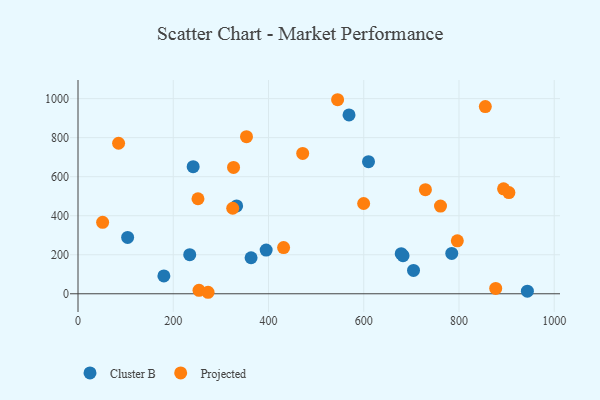
{"axis": {"x": "Ad Spend", "y": "Yield"}, "legend": ["Cluster B", "Projected"], "data": [{"x": "241.8", "y": 651.4, "type": "Cluster B"}, {"x": "569.1", "y": 916.3, "type": "Cluster B"}, {"x": "704.5", "y": 119.9, "type": "Cluster B"}, {"x": "678.7", "y": 205.5, "type": "Cluster B"}, {"x": "363.4", "y": 184.5, "type": "Cluster B"}, {"x": "682.5", "y": 195.4, "type": "Cluster B"}, {"x": "610.0", "y": 676.7, "type": "Cluster B"}, {"x": "104.2", "y": 288.8, "type": "Cluster B"}, {"x": "333.1", "y": 450.0, "type": "Cluster B"}, {"x": "395.1", "y": 224.2, "type": "Cluster B"}, {"x": "784.8", "y": 206.6, "type": "Cluster B"}, {"x": "234.6", "y": 200.5, "type": "Cluster B"}, {"x": "180.3", "y": 91.3, "type": "Cluster B"}, {"x": "943.6", "y": 13.1, "type": "Cluster B"}, {"x": "855.3", "y": 959.2, "type": "Projected"}, {"x": "254.1", "y": 17.5, "type": "Projected"}, {"x": "904.8", "y": 518.7, "type": "Projected"}, {"x": "729.5", "y": 533.6, "type": "Projected"}, {"x": "599.8", "y": 462.7, "type": "Projected"}, {"x": "273.1", "y": 7.7, "type": "Projected"}, {"x": "545.1", "y": 994.4, "type": "Projected"}, {"x": "893.6", "y": 537.6, "type": "Projected"}, {"x": "324.9", "y": 438.2, "type": "Projected"}, {"x": "431.7", "y": 236.8, "type": "Projected"}, {"x": "353.8", "y": 805.1, "type": "Projected"}, {"x": "326.6", "y": 647.5, "type": "Projected"}, {"x": "877.1", "y": 27.3, "type": "Projected"}, {"x": "761.2", "y": 449.2, "type": "Projected"}, {"x": "796.5", "y": 271.2, "type": "Projected"}, {"x": "471.8", "y": 719.0, "type": "Projected"}, {"x": "51.7", "y": 365.9, "type": "Projected"}, {"x": "251.9", "y": 487.0, "type": "Projected"}, {"x": "85.2", "y": 771.3, "type": "Projected"}]}